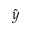
\hat { y }